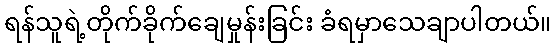
ရန်သူရဲ့တိုက်ခိုက်ချေမှုန်းခြင်း ခံရမှာသေချာပါတယ်။